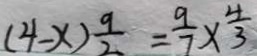
( 4 - x ) \frac { 9 } { 2 } = \frac { 9 } { 7 } \times \frac { 4 } { 3 }